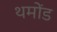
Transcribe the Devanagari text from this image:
थमोंड